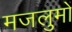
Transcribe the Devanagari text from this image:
मजलुमों